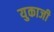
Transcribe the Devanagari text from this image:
युकाजी